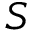
S